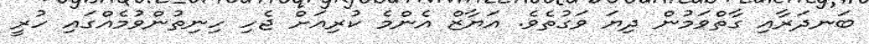
ބަނދަރާއި ގާތްވަމުން ދިޔަ ވަގުތެވެ. އަޔާޒް އެންމެ ކުރިއަށް ޖެހި ހިނިތުންވުމެއްގައި ހުރީ